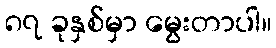
၈၇ ခုနှစ်မှာ မွေးတာပါ။